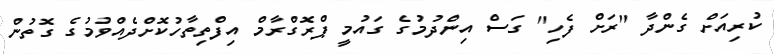
ކުރިއަށް ގެންދާ "ރަށް ފެހި" ގަސް އިންދުމުގެ ގައުމީ ޕްރޮގްރާމް އިފްތިތާހުކޮށްދެއްވުމުގެ ގޮތުން